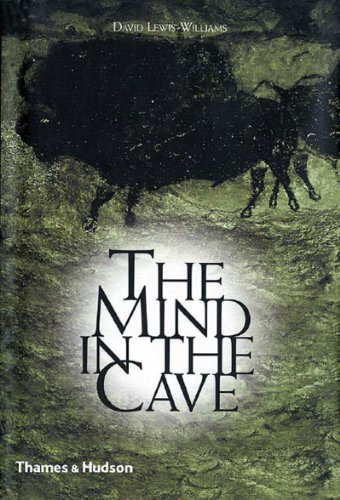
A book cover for The Mind in the Cave: Consciousness and the Origins of Art; David Lewis-Williams; Science & Math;